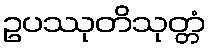
ဥပဿုတိသုတ္တံ